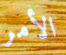
الأمر